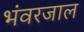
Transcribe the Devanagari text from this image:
भंवरजाल